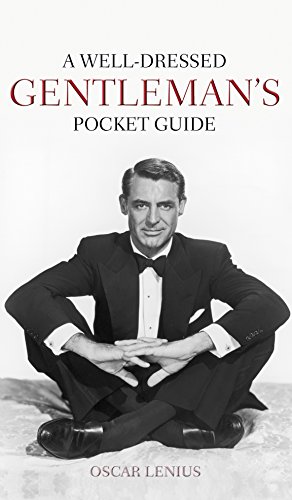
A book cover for A Well-Dressed Gentleman's Pocket Guide; Oscar Lenius; Health, Fitness & Dieting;